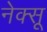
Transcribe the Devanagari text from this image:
नेक्सू